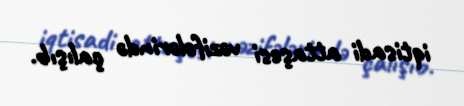
iqtisadi attaşesi vəzifələrində çalışıb.